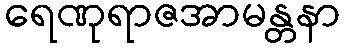
ရေဏုရာဇအာမန္တနာ